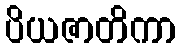
ပိယဇာတိကာ